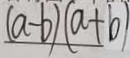
( a - b ) ( a + b )